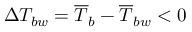
\Delta T _ { b w } = \overline { { T } } _ { b } - \overline { { T } } _ { b w } < 0